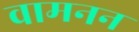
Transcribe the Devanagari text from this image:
वामनन